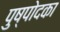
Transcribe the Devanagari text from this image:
पुष्पोदका